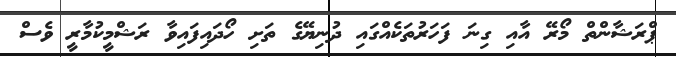
ޕްރަޝާންތް މޯރޭ އާއި ގިނަ ފަހަރުތަކެއްގައި ދުނިޔޭގެ ތަށި ހޯދައިފައިވާ ރަޝްމީކުމާރީ ވެސް